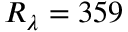
R _ { \lambda } = 3 5 9